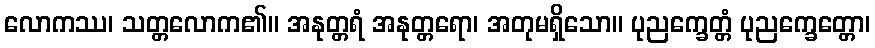
လောကဿ၊ သတ္တလောက၏။ အနုတ္တရံ အနုတ္တရော၊ အတုမရှိသော။ ပုညက္ခေတ္တံ ပုညက္ခေတ္တော၊